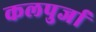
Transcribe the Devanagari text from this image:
कलपुर्जा